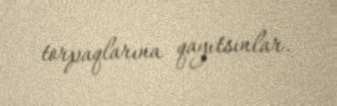
torpaqlarına qayıtsınlar.